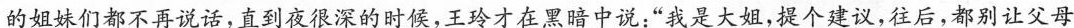
的姐妹们都不再说话，直到夜很深的时候，王玲才在黑暗中说:“我是大姐，提个建议，往后，都别让父母